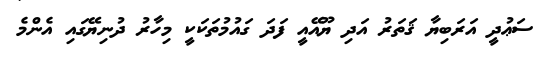
ސަޢުދީ އަރަބިޔާ ޤަތަރު އަދި ޔޫއޭއީ ފަދަ ގައުމުތަކަކީ މިހާރު ދުނިޔޭގައި އެންމެ